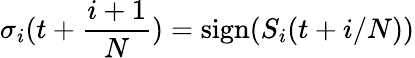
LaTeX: \sigma_{i}(t+{\frac{i+1}{N}})=\mathrm{sign}(S_{i}(t+i/N))